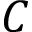
C